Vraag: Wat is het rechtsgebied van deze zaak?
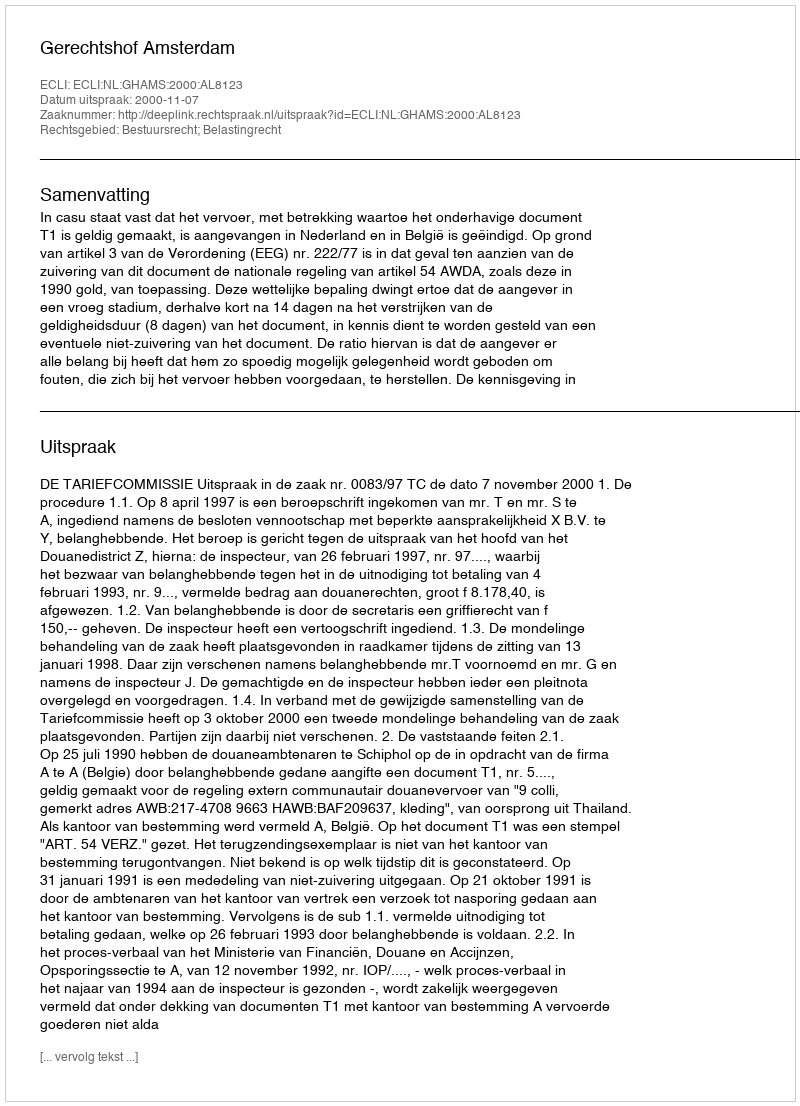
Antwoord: Bestuursrecht; Belastingrecht